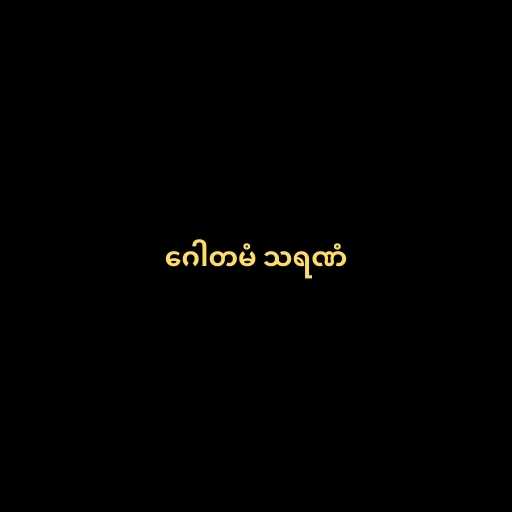
ဂေါတမံ သရဏံ